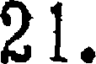
21.